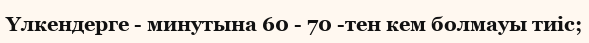
Үлкендерге - минутына 60 - 70 -тен кем болмауы тиіс;